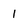
Character: 1